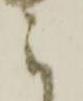
に